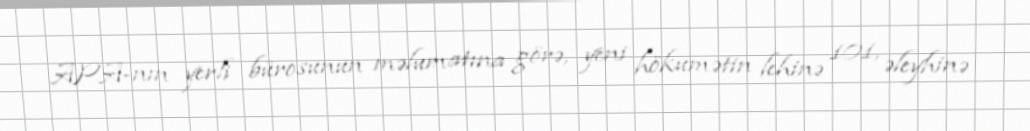
APA-nın yerli bürosunun məlumatına görə, yeni hökumətin lehinə 101, əleyhinə